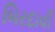
બિરદાવી